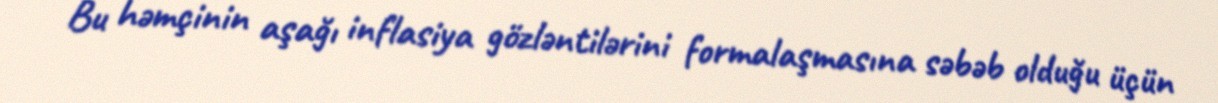
Bu həmçinin aşağı inflasiya gözləntilərini formalaşmasına səbəb olduğu üçün